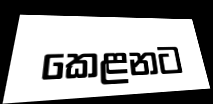
කෙළනට